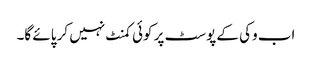
اب وکی کے پوسٹ پر کوئی کمنٹ نہیں کر پائے گا۔